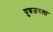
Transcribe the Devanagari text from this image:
पुत्रजयला